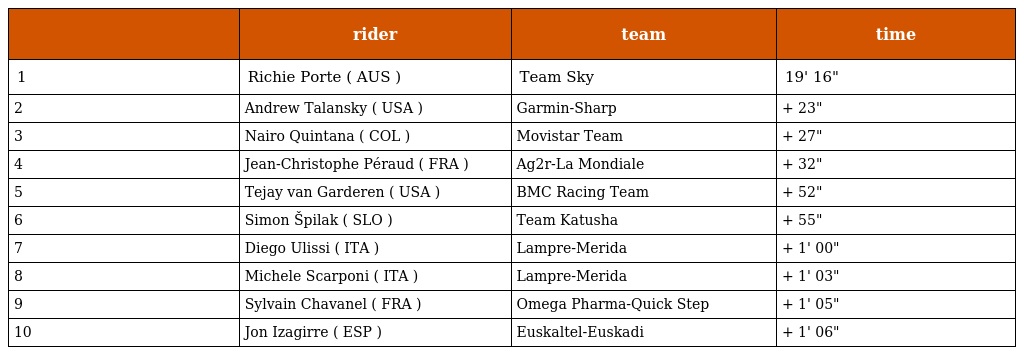
|  | rider | team | time |
 | --- | --- | --- | --- |
 | 1 | Richie Porte ( AUS ) | Team Sky | 19' 16" |
 | 2 | Andrew Talansky ( USA ) | Garmin-Sharp | + 23" |
 | 3 | Nairo Quintana ( COL ) | Movistar Team | + 27" |
 | 4 | Jean-Christophe Péraud ( FRA ) | Ag2r-La Mondiale | + 32" |
 | 5 | Tejay van Garderen ( USA ) | BMC Racing Team | + 52" |
 | 6 | Simon Špilak ( SLO ) | Team Katusha | + 55" |
 | 7 | Diego Ulissi ( ITA ) | Lampre-Merida | + 1' 00" |
 | 8 | Michele Scarponi ( ITA ) | Lampre-Merida | + 1' 03" |
 | 9 | Sylvain Chavanel ( FRA ) | Omega Pharma-Quick Step | + 1' 05" |
 | 10 | Jon Izagirre ( ESP ) | Euskaltel-Euskadi | + 1' 06" |